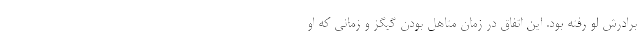
برادرش لو رفته بود. این اتفاق در زمان متاهل بودن گیگز و زمانی که او